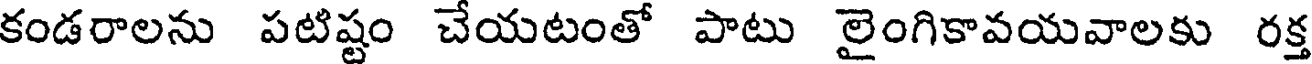
కండరాలను పటిష్టం చేయటంతో పాటు లైంగికావయవాలకు రక్త